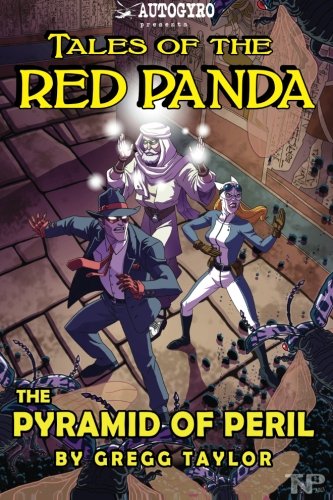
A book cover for Tales of the Red Panda: Pyramid of Peril (Volume 4); Gregg Taylor; Science Fiction & Fantasy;